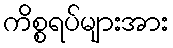
ကိစ္စရပ်များအား